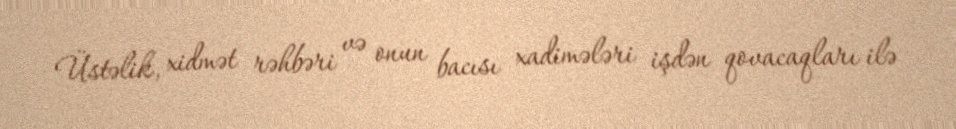
Üstəlik, xidmət rəhbəri və onun bacısı xadimələri işdən qovacaqları ilə